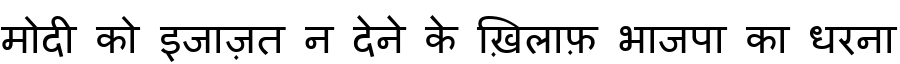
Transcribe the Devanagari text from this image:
मोदी को इजाज़त न देने के ख़िलाफ़ भाजपा का धरना